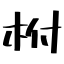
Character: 柎